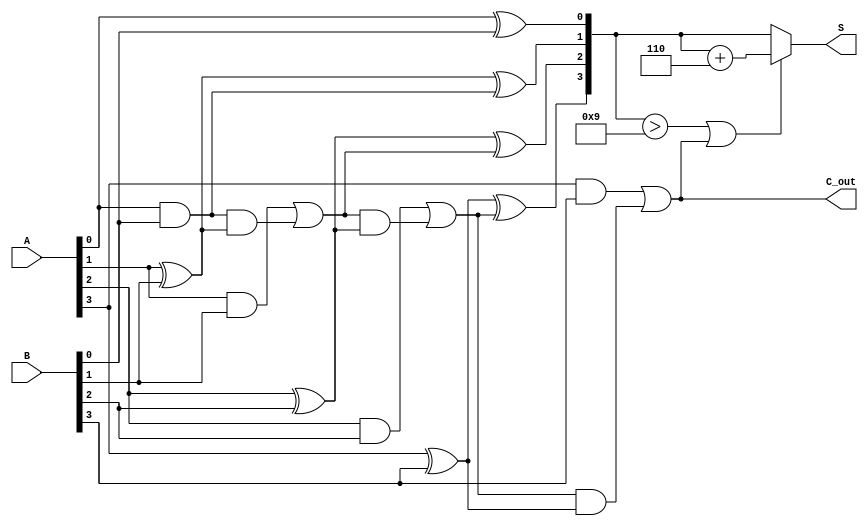
module BCD_Ripple_Carry_Adder (
    input [3:0] A,      // First BCD digit
    input [3:0] B,      // Second BCD digit
    output [3:0] S,     // BCD sum output
    output reg C_out     // Carry out (overflow indicator)
);

    wire [4:0] sum;     // Intermediate sum (5 bits to accommodate carry)
    wire [3:0] corrected_sum; // Corrected sum after BCD adjustment

    // Full adder logic for each bit
    wire c1, c2, c3; // Carry outputs from each full adder

    // Full Adder for bit 0
    assign sum[0] = A[0] ^ B[0];
    assign c1 = (A[0] & B[0]) | (sum[0] & 1'b0); // Carry out for bit 0

    // Full Adder for bit 1
    assign sum[1] = A[1] ^ B[1] ^ c1;
    assign c2 = (A[1] & B[1]) | (c1 & (A[1] ^ B[1])); // Carry out for bit 1

    // Full Adder for bit 2
    assign sum[2] = A[2] ^ B[2] ^ c2;
    assign c3 = (A[2] & B[2]) | (c2 & (A[2] ^ B[2])); // Carry out for bit 2

    // Full Adder for bit 3
    assign sum[3] = A[3] ^ B[3] ^ c3;
    assign C_out = (A[3] & B[3]) | (c3 & (A[3] ^ B[3])); // Carry out for bit 3

    // Check for BCD correction
    assign corrected_sum = (sum[3:0] > 4'b1001 || C_out) ? (sum[3:0] + 4'b0110) : sum[3:0];

    // Assign the final output
    assign S = corrected_sum;

endmodule